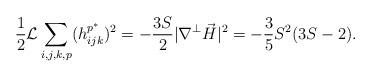
LaTeX: \begin{align*}\aligned\frac{1}{2}\mathcal{L}\sum_{i,j,k,p}(h_{ijk}^{p^{\ast}})^{2}=-\dfrac{3S}2|\nabla^{\perp} {\vec H}|^{2}=-\dfrac{3}{5}S^2(3S-2).\endaligned\end{align*}